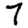
Digit: 7